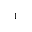
^ 1